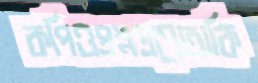
কপিওপ্রশ্নপ্রণেতাকি